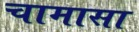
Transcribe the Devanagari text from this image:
चामासा